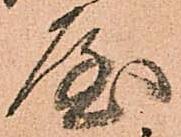
屋